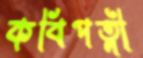
কবিপত্নী